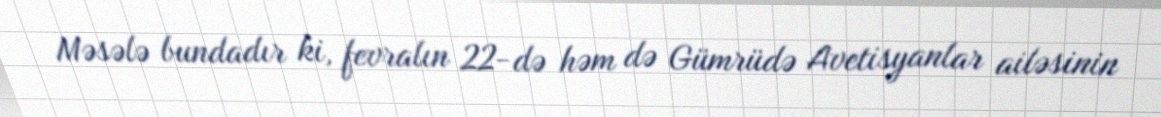
Məsələ bundadır ki, fevralın 22-də həm də Gümrüdə Avetisyanlar ailəsinin